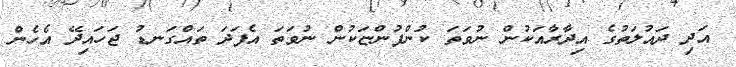
އަދި ދައުލަތުގެ އިދާރާއަކުން ނުވަތަ ކުންފުންޏަކުން ނުވަތަ އެފަދަ ތައްގަނޑު ޖަހައިދޭ އެހެން